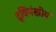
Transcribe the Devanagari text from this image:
द्विपंखीय